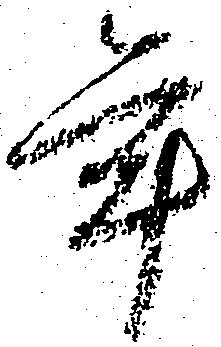
年